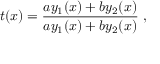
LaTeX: t ( x ) = \frac { a y _ { 1 } ( x ) + b y _ { 2 } ( x ) } { a y _ { 1 } ( x ) + b y _ { 2 } ( x ) } \ ,